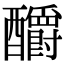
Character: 釂